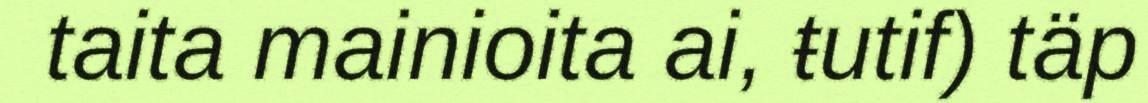
taita mainioita ai, ŧutif) täp